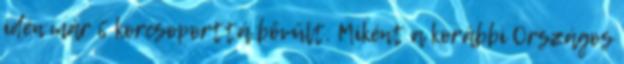
idén már 6 korcsoporttá bővült. Miként a korábbi Országos